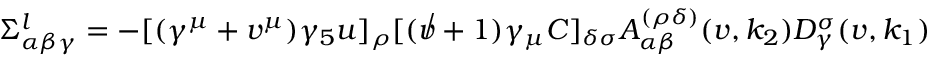
\Sigma _ { \alpha \beta \gamma } ^ { l } = - [ ( \gamma ^ { \mu } + v ^ { \mu } ) \gamma _ { 5 } u ] _ { \rho } [ ( \not v + 1 ) \gamma _ { \mu } C ] _ { \delta \sigma } A _ { \alpha \beta } ^ { ( \rho \delta ) } ( v , k _ { 2 } ) D _ { \gamma } ^ { \sigma } ( v , k _ { 1 } )